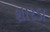
શારડા